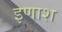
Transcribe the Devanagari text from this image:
इणाश